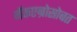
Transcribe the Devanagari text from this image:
मॅकएन्रोसोबत